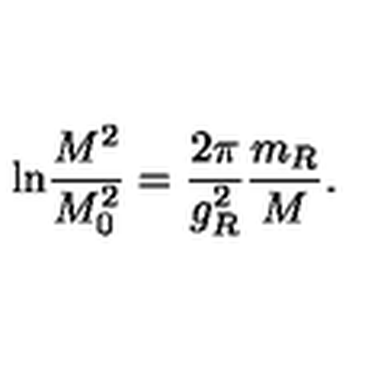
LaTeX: \mathrm { l n } \frac { M ^ { 2 } } { M _ { 0 } ^ { 2 } } = \frac { 2 \pi } { g _ { R } ^ { 2 } } \frac { m _ { R } } { M } .